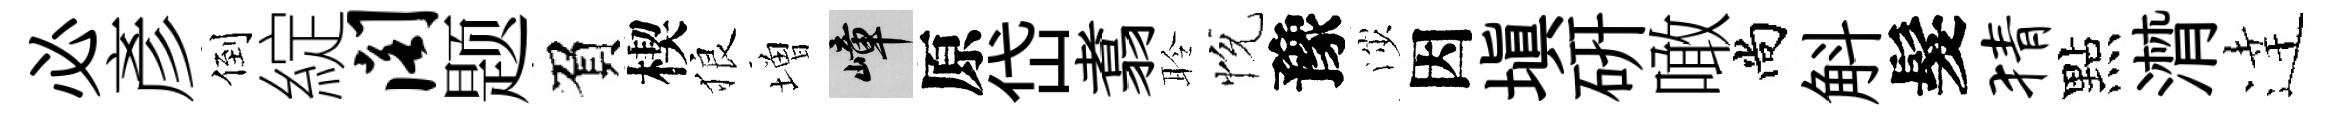
必彥倒綻阁题負楔狼増嶂原岱翥聆恱豫渉因填硏噉尚斛髮猜點潸逹